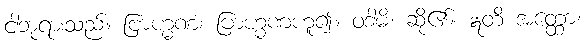
ငါဘုရားသည်။ ဗြာဟ္မဏံ၊ ဗြာဟ္မဏဟူ၍။ ဝဒါမိ၊ ဆို၏။ ဣတိ အတ္ထော၊